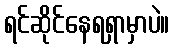
ရင်ဆိုင်နေရရှာမှာပဲ။